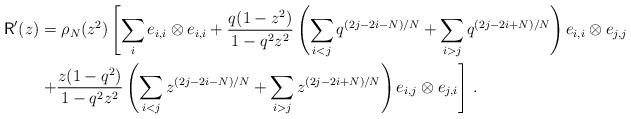
LaTeX: \begin{align*}\textsf{R}'(z) &= \rho_N(z^2)\left[\sum_i e_{i,i} \otimes e_{i,i} + \frac{q(1-z^2)}{1-q^2z^2} \left(\sum_{i<j}q^{(2j-2i-N)/N}+\sum_{i>j}q^{(2j-2i+N)/N}\right)e_{i,i} \otimes e_{j,j} \right. \\&\left. + \frac{z(1-q^2)}{1-q^2z^2} \left(\sum_{i<j}z^{(2j-2i-N)/N}+\sum_{i>j}z^{(2j-2i+N)/N}\right)e_{i,j} \otimes e_{j,i}\right] \,.\end{align*}